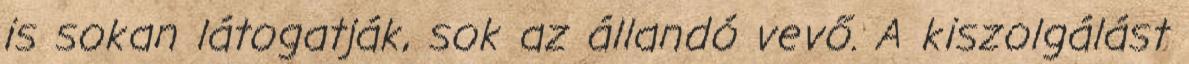
is sokan látogatják, sok az állandó vevő. A kiszolgálást